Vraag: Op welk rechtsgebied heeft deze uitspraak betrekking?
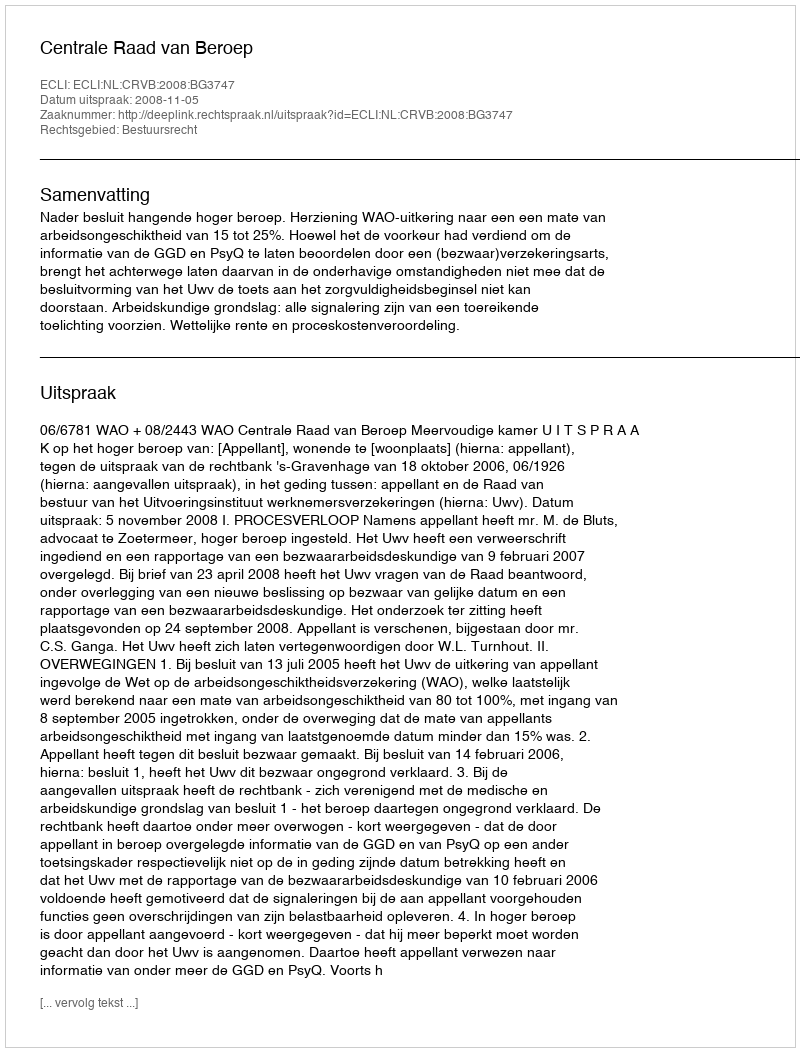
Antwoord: Bestuursrecht